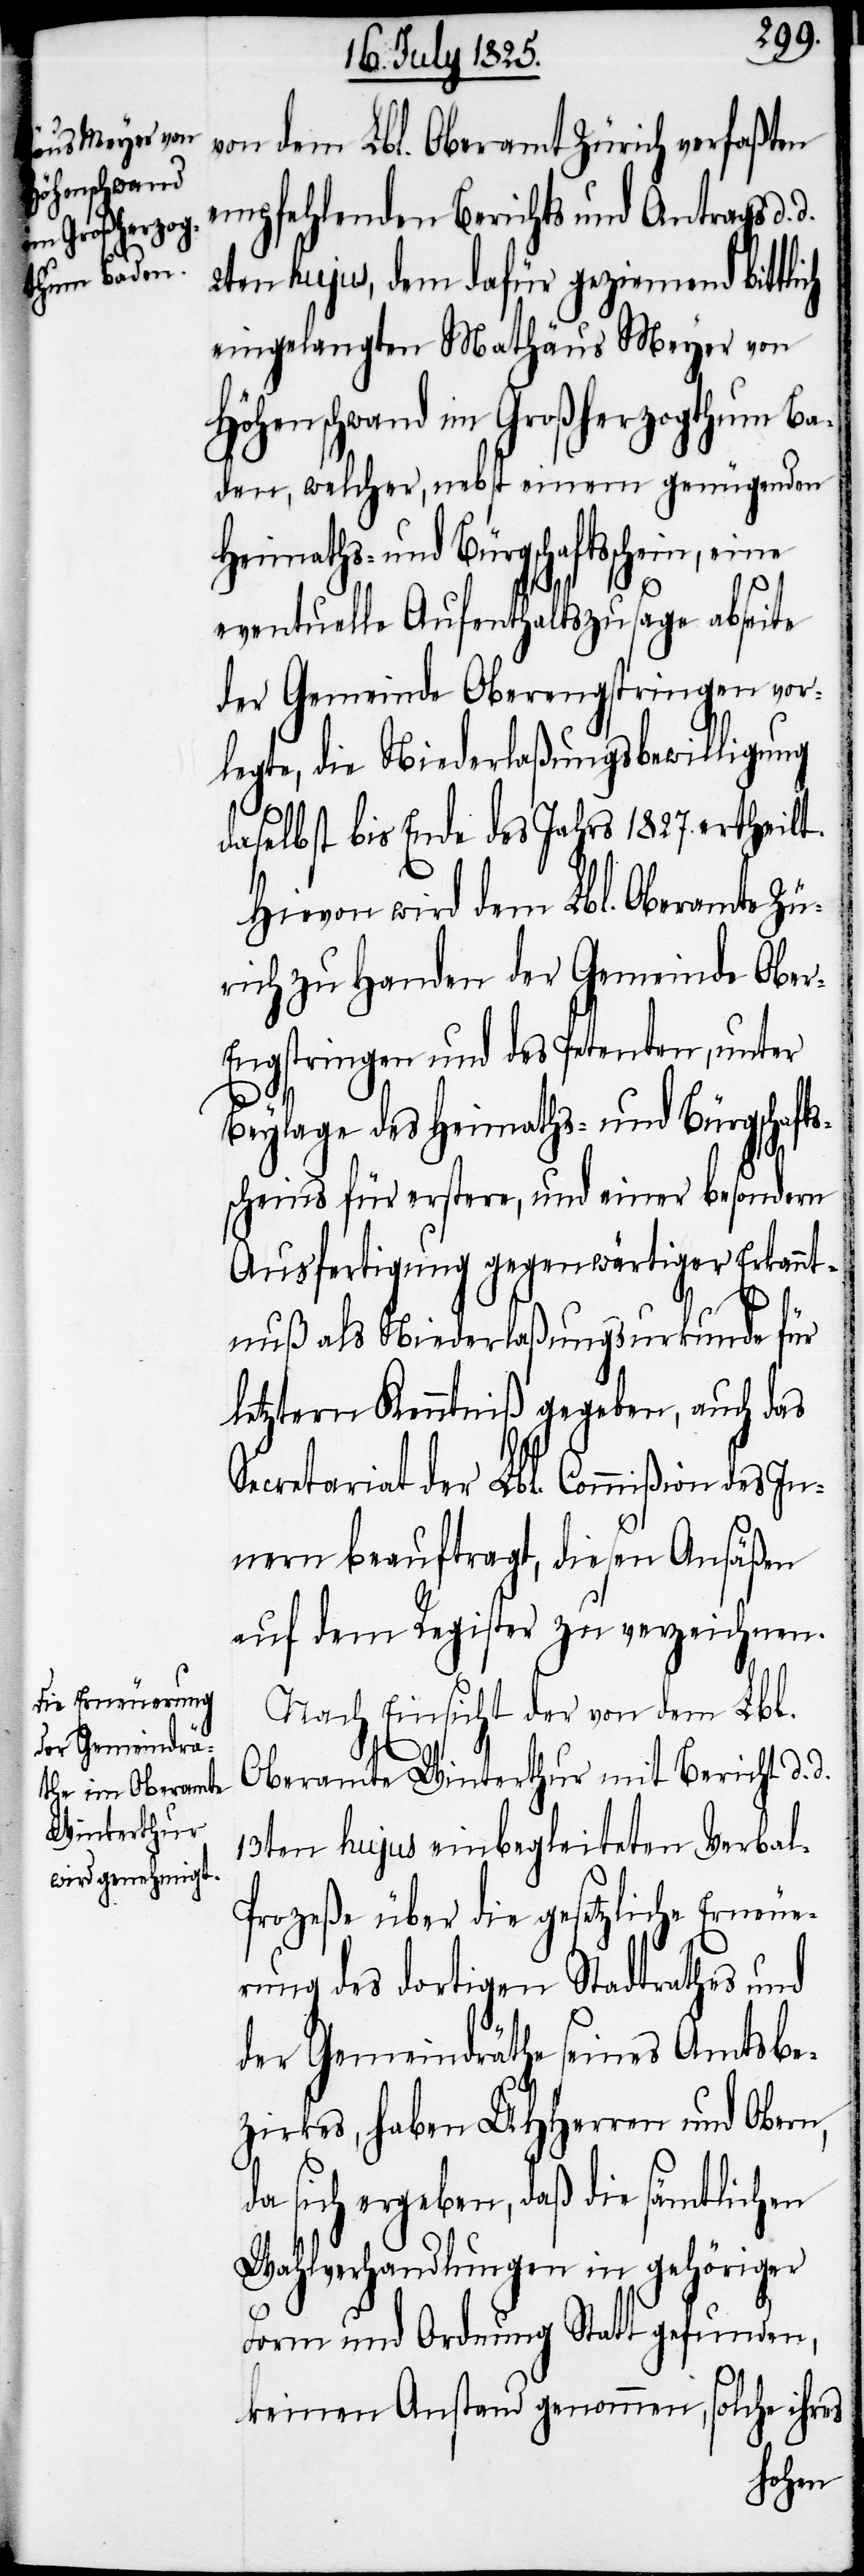
von dem Lbl. Oberamt Zürich verfaßten
empfehlenden Berichts und Antrags d.
2ten hujus, dem dafür geziemend bittlich
eingelangten Mathäus Meyer von
Höhenschwand im Großherzogthum Ba¬
den, welcher, nebst einem genügenden
Heimaths- und Bürgschaftsschein,
eventuelle Aufenthaltszusage abseite
der Gemeinde Oberengstringen vor¬
legte, die Niederlaßungsbewilligung
daselbst bis Ende des Jahres 1827. ertheilt.
Hievon wird dem Lbl. Oberamte Zü¬
rich zu Handen der Gemeinde Obe¬
r-Engstringen und des Petenten, unter
Beylage des Heimaths- und Bürgschafts¬
scheins für erstere, und einer besondern
Ausfertigung gegenwärtiger Erkannt¬
nuß als Niederlaßungsurkunde für
letztern Kenntniß gegeben, auch das
Secretariat der Lbl. Commißion des In¬
nern beauftragt, diesen Ansäßen
auf dem Register zu verzeichnen.
Nach Einsicht der von dem Lbl.
Oberamte Winterthur mit Bericht d. d.
13ten hujus einbegleiteten Verba¬
rozeße über die gesetzliche Erneue¬
rung des dortigen Stadtrathes und
der Gemeindräthe seines Amtsbe¬
zirkes, haben UHHerren und Obern,
da sich ergeben, daß die sämtlichen
Wahlverhandlungen in gehöriger
l-P¬
Form und Ordnung Statt gefunden,
keinen Anstand genommen, solche ihres